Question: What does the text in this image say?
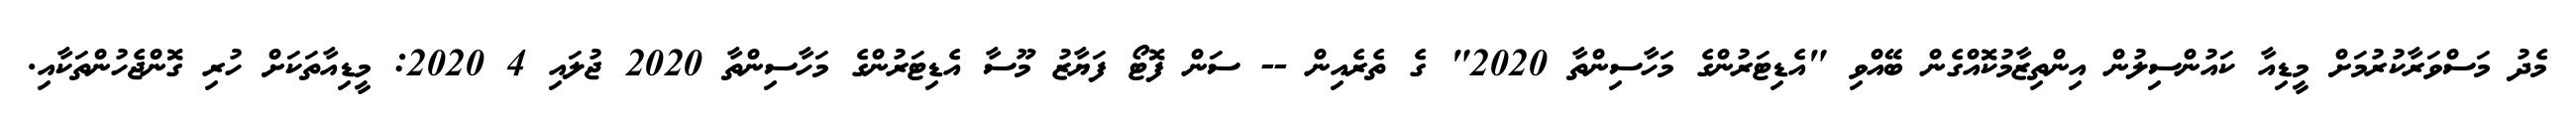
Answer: މެދު މަސްވަރާކުރުމަށް މީޑިއާ ކައުންސިލުން އިންތިޒާމުކޮއްގެން ބޭއްވި "އެޑިޓަރުންގެ މަހާސިންތާ 2020" ގެ ތެރެއިން -- ސަން ފޮޓޯ ފަޔާޒު މޫސާ އެޑިޓަރުންގެ މަހާސިންތާ 2020 ޖުލައި 4 2020: މީޑިއާތަކަށް ހުރި ގޮންޖެހުންތަކާއި.